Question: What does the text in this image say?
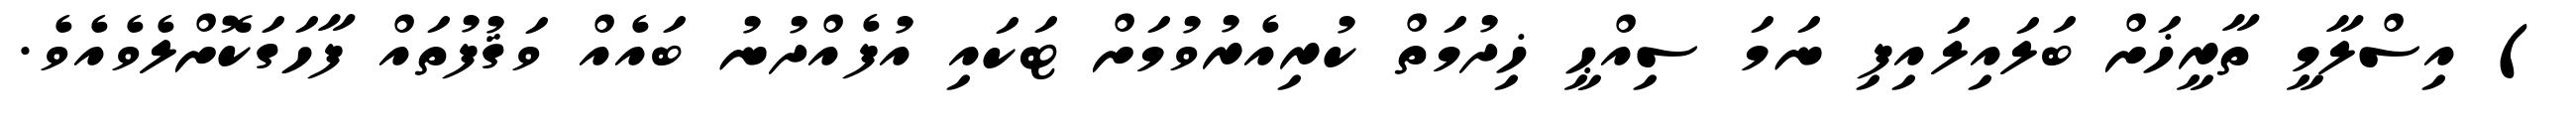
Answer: ) އިސްލާމީ ތާރީޚަށް ބަލައިލައިފި ނަމަ ސިއްޙީ ޚިދުމަތް ކުރިއެރުވުމަށް ޓަކައި އުފެއްދުނު ބައެއް ވަޤުފުތައް ފާހަގަކޮށްލެވެއެވެ.